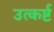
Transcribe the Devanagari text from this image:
उत्कर्ष्ट